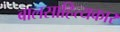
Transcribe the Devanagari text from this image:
बालसाहित्‍यकार